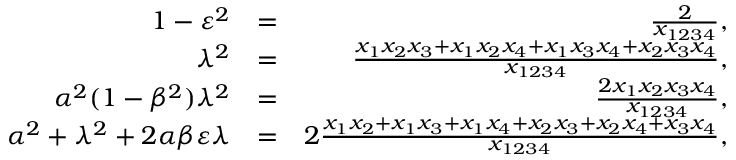
\begin{array} { r l r } { 1 - \varepsilon ^ { 2 } } & { = } & { \frac { 2 } { x _ { 1 2 3 4 } } , } \\ { \lambda ^ { 2 } } & { = } & { \frac { x _ { 1 } x _ { 2 } x _ { 3 } + x _ { 1 } x _ { 2 } x _ { 4 } + x _ { 1 } x _ { 3 } x _ { 4 } + x _ { 2 } x _ { 3 } x _ { 4 } } { x _ { 1 2 3 4 } } , } \\ { \alpha ^ { 2 } ( 1 - \beta ^ { 2 } ) \lambda ^ { 2 } } & { = } & { \frac { 2 x _ { 1 } x _ { 2 } x _ { 3 } x _ { 4 } } { x _ { 1 2 3 4 } } , } \\ { \alpha ^ { 2 } + \lambda ^ { 2 } + 2 \alpha \beta \varepsilon \lambda } & { = } & { 2 \frac { x _ { 1 } x _ { 2 } + x _ { 1 } x _ { 3 } + x _ { 1 } x _ { 4 } + x _ { 2 } x _ { 3 } + x _ { 2 } x _ { 4 } + x _ { 3 } x _ { 4 } } { x _ { 1 2 3 4 } } , } \end{array}